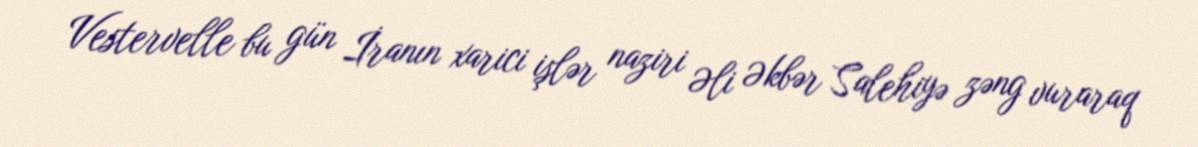
Vestervelle bu gün İranın xarici işlər naziri Əli Əkbər Salehiyə zəng vuraraq